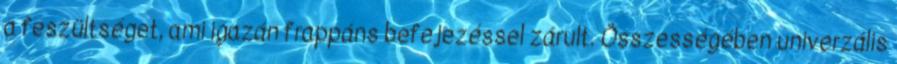
a feszültséget, ami igazán frappáns befejezéssel zárult. Összességében univerzális